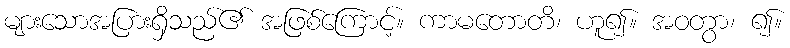
များသောအပြားရှိသည်၏ အဖြစ်ကြောင့်။ ကာမတောတိ၊ ဟူ၍။ အဝတွာ၊ ၍။